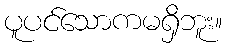
ပူပင်သောကမရှိဘူး။